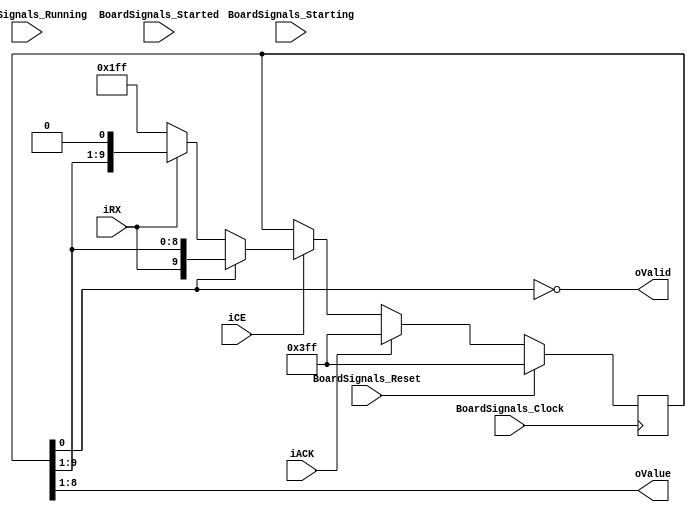
`timescale 1ns/1ps
`default_nettype none
// PLEASE READ THIS, IT MAY SAVE YOU SOME TIME AND MONEY, THANK YOU!
// * This file was generated by Quokka FPGA Toolkit.
// * Generated code is your property, do whatever you want with it
// * Place custom code between [BEGIN USER ***] and [END USER ***].
// * CAUTION: All code outside of [USER] scope is subject to regeneration.
// * Bad things happen sometimes in developer's life,
//   it is recommended to use source control management software (e.g. git, bzr etc) to keep your custom code safe'n'sound.
// * Internal structure of code is subject to change.
//   You can use some of signals in custom code, but most likely they will not exist in future (e.g. will get shorter or gone completely)
// * Please send your feedback, comments, improvement ideas etc. to evmuryshkin@gmail.com
// * Visit https://github.com/EvgenyMuryshkin/QuokkaEvaluation to access latest version of playground
//
// DISCLAIMER:
//   Code comes AS-IS, it is your responsibility to make sure it is working as expected
//   no responsibility will be taken for any loss or damage caused by use of Quokka toolkit.
//
// System configuration name is AXIUARTModuleClocksTestModule_TopLevel_uart_uartReceiver, clock frequency is 1Hz, Embedded
// FSM summary
// -- Packages
module AXIUARTModuleClocksTestModule_TopLevel_uart_uartReceiver
(
	// [BEGIN USER PORTS]
	// [END USER PORTS]
	input wire BoardSignals_Clock,
	input wire BoardSignals_Reset,
	input wire BoardSignals_Running,
	input wire BoardSignals_Starting,
	input wire BoardSignals_Started,
	input wire iACK,
	input wire iCE,
	input wire iRX,
	output wire oValid,
	output wire [7:0] oValue
);
	// [BEGIN USER SIGNALS]
	// [END USER SIGNALS]
	localparam HiSignal = 1'b1;
	localparam LoSignal = 1'b0;
	wire Zero = 1'b0;
	wire One = 1'b1;
	wire true = 1'b1;
	wire false = 1'b0;
	wire UARTReceiverModule_L24F9L40T10_UARTReceiverModule_L26F13L28T14_UARTReceiverModule_L27F78T82_Expr = 1'b1;
	wire UARTReceiverModule_L24F9L40T10_UARTReceiverModule_L26F13L28T14_UARTReceiverModule_L27F84T88_Expr = 1'b1;
	wire [7: 0] UARTReceiverModule_L24F9L40T10_UARTReceiverModule_L26F13L28T14_UARTReceiverModule_L27F90T103_Expr = 8'b11111111;
	wire UARTReceiverModule_L24F9L40T10_UARTReceiverModule_L30F13L39T14_UARTReceiverModule_L36F17L38T18_UARTReceiverModule_L37F94T98_Expr = 1'b1;
	wire [7: 0] UARTReceiverModule_L24F9L40T10_UARTReceiverModule_L30F13L39T14_UARTReceiverModule_L36F17L38T18_UARTReceiverModule_L37F100T113_Expr = 8'b11111111;
	wire Inputs_iACK;
	wire Inputs_iCE;
	wire Inputs_iRX;
	reg [9: 0] NextState_rxValue;
	wire iValid;
	wire [9: 0] UARTReceiverModule_L24F9L40T10_UARTReceiverModule_L26F13L28T14_UARTReceiverModule_L27F37T104_Source;
	wire [9: 0] UARTReceiverModule_L24F9L40T10_UARTReceiverModule_L30F13L39T14_UARTReceiverModule_L32F17L34T18_UARTReceiverModule_L33F41T114_Source;
	wire [9: 0] UARTReceiverModule_L24F9L40T10_UARTReceiverModule_L30F13L39T14_UARTReceiverModule_L36F17L38T18_UARTReceiverModule_L37F41T114_Source;
	reg [9: 0] State_rxValue = 10'b0000000000;
	wire [9: 0] State_rxValueDefault = 10'b1111111111;
	wire UARTReceiverModule_L19F24T41_Expr;
	wire UARTReceiverModule_L19F24T41_Expr_1;
	wire UARTReceiverModule_L24F9L40T10_UARTReceiverModule_L30F13L39T14_UARTReceiverModule_L31F21T28_Expr;
	wire UARTReceiverModule_L24F9L40T10_UARTReceiverModule_L30F13L39T14_UARTReceiverModule_L31F21T28_Expr_1;
	wire UARTReceiverModule_L24F9L40T10_UARTReceiverModule_L30F13L39T14_UARTReceiverModule_L35F26T37_Expr;
	wire UARTReceiverModule_L24F9L40T10_UARTReceiverModule_L30F13L39T14_UARTReceiverModule_L35F26T37_Expr_1;
	always @ (posedge BoardSignals_Clock)
	begin
		if ((BoardSignals_Reset == 1))
		begin
			State_rxValue <= State_rxValueDefault;
		end
		else
		begin
			State_rxValue <= NextState_rxValue;
		end
	end
	assign UARTReceiverModule_L19F24T41_Expr = ~UARTReceiverModule_L19F24T41_Expr_1;
	assign UARTReceiverModule_L24F9L40T10_UARTReceiverModule_L30F13L39T14_UARTReceiverModule_L31F21T28_Expr = ~UARTReceiverModule_L24F9L40T10_UARTReceiverModule_L30F13L39T14_UARTReceiverModule_L31F21T28_Expr_1;
	assign UARTReceiverModule_L24F9L40T10_UARTReceiverModule_L30F13L39T14_UARTReceiverModule_L35F26T37_Expr = ~UARTReceiverModule_L24F9L40T10_UARTReceiverModule_L30F13L39T14_UARTReceiverModule_L35F26T37_Expr_1;
	always @ (*)
	begin
		NextState_rxValue = State_rxValue;
		if ((Inputs_iACK == 1))
		begin
			NextState_rxValue = UARTReceiverModule_L24F9L40T10_UARTReceiverModule_L26F13L28T14_UARTReceiverModule_L27F37T104_Source;
		end
		else if ((Inputs_iCE == 1))
		begin
			if ((UARTReceiverModule_L24F9L40T10_UARTReceiverModule_L30F13L39T14_UARTReceiverModule_L31F21T28_Expr == 1))
			begin
				NextState_rxValue = UARTReceiverModule_L24F9L40T10_UARTReceiverModule_L30F13L39T14_UARTReceiverModule_L32F17L34T18_UARTReceiverModule_L33F41T114_Source;
			end
			else if ((UARTReceiverModule_L24F9L40T10_UARTReceiverModule_L30F13L39T14_UARTReceiverModule_L35F26T37_Expr == 1))
			begin
				NextState_rxValue = UARTReceiverModule_L24F9L40T10_UARTReceiverModule_L30F13L39T14_UARTReceiverModule_L36F17L38T18_UARTReceiverModule_L37F41T114_Source;
			end
		end
	end
	assign UARTReceiverModule_L19F24T41_Expr_1 = State_rxValue[0];
	assign UARTReceiverModule_L24F9L40T10_UARTReceiverModule_L30F13L39T14_UARTReceiverModule_L31F21T28_Expr_1 = iValid;
	assign UARTReceiverModule_L24F9L40T10_UARTReceiverModule_L30F13L39T14_UARTReceiverModule_L35F26T37_Expr_1 = Inputs_iRX;
	assign Inputs_iACK = iACK;
	assign Inputs_iCE = iCE;
	assign Inputs_iRX = iRX;
	assign iValid = UARTReceiverModule_L19F24T41_Expr;
	assign UARTReceiverModule_L24F9L40T10_UARTReceiverModule_L26F13L28T14_UARTReceiverModule_L27F37T104_Source = {
		UARTReceiverModule_L24F9L40T10_UARTReceiverModule_L26F13L28T14_UARTReceiverModule_L27F78T82_Expr,
		UARTReceiverModule_L24F9L40T10_UARTReceiverModule_L26F13L28T14_UARTReceiverModule_L27F84T88_Expr,
		UARTReceiverModule_L24F9L40T10_UARTReceiverModule_L26F13L28T14_UARTReceiverModule_L27F90T103_Expr
	}
	;
	assign UARTReceiverModule_L24F9L40T10_UARTReceiverModule_L30F13L39T14_UARTReceiverModule_L32F17L34T18_UARTReceiverModule_L33F41T114_Source = {
		Inputs_iRX,
		State_rxValue[9:1]
	}
	;
	assign UARTReceiverModule_L24F9L40T10_UARTReceiverModule_L30F13L39T14_UARTReceiverModule_L36F17L38T18_UARTReceiverModule_L37F41T114_Source = {
		Inputs_iRX,
		UARTReceiverModule_L24F9L40T10_UARTReceiverModule_L30F13L39T14_UARTReceiverModule_L36F17L38T18_UARTReceiverModule_L37F94T98_Expr,
		UARTReceiverModule_L24F9L40T10_UARTReceiverModule_L30F13L39T14_UARTReceiverModule_L36F17L38T18_UARTReceiverModule_L37F100T113_Expr
	}
	;
	assign oValid = iValid;
	assign oValue = State_rxValue[8:1];
	// [BEGIN USER ARCHITECTURE]
	// [END USER ARCHITECTURE]
endmodule